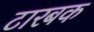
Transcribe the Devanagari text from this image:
टारबक